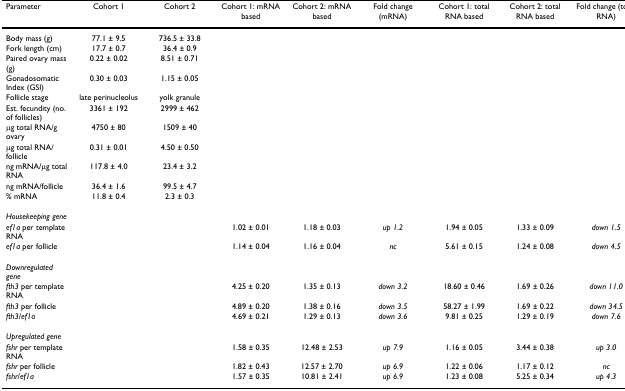
<table><thead><tr><td><b>Parameter</b></td><td><b>Cohort 1</b></td><td><b>Cohort 2</b></td><td><b>Cohort 1: mRNA based</b></td><td><b>Cohort 2: mRNA based</b></td><td><b>Fold change (mRNA)</b></td><td><b>Cohort 1: total RNA based</b></td><td><b>Cohort 2: total RNA based</b></td><td><b>Fold change (total RNA)</b></td></tr></thead><tbody><tr><td>Body mass (g)</td><td>77.1 ± 9.5</td><td>736.5 ± 33.8</td><td></td><td></td><td></td><td></td><td></td><td></td></tr><tr><td>Fork length (cm)</td><td>17.7 ± 0.7</td><td>36.4 ± 0.9</td><td></td><td></td><td></td><td></td><td></td><td></td></tr><tr><td>Paired ovary mass (g)</td><td>0.22 ± 0.02</td><td>8.51 ± 0.71</td><td></td><td></td><td></td><td></td><td></td><td></td></tr><tr><td>Gonadosomatic Index (GSI)</td><td>0.30 ± 0.03</td><td>1.15 ± 0.05</td><td></td><td></td><td></td><td></td><td></td><td></td></tr><tr><td>Follicle stage</td><td>late perinucleolus</td><td>yolk granule</td><td></td><td></td><td></td><td></td><td></td><td></td></tr><tr><td>Est. fecundity (no. of follicles)</td><td>3361 ± 192</td><td>2999 ± 462</td><td></td><td></td><td></td><td></td><td></td><td></td></tr><tr><td>μg total RNA/g ovary</td><td>4750 ± 80</td><td>1509 ± 40</td><td></td><td></td><td></td><td></td><td></td><td></td></tr><tr><td>μg total RNA/follicle</td><td>0.31 ± 0.01</td><td>4.50 ± 0.50</td><td></td><td></td><td></td><td></td><td></td><td></td></tr><tr><td>ng mRNA/μg total RNA</td><td>117.8 ± 4.0</td><td>23.4 ± 3.2</td><td></td><td></td><td></td><td></td><td></td><td></td></tr><tr><td>ng mRNA/follicle</td><td>36.4 ± 1.6</td><td>99.5 ± 4.7</td><td></td><td></td><td></td><td></td><td></td><td></td></tr><tr><td>% mRNA</td><td>11.8 ± 0.4</td><td>2.3 ± 0.3</td><td></td><td></td><td></td><td></td><td></td><td></td></tr><tr><td><i>Housekeeping gene</i></td><td></td><td></td><td></td><td></td><td></td><td></td><td></td><td></td></tr><tr><td><i>ef1a </i>per template RNA</td><td></td><td></td><td>1.02 ± 0.01</td><td>1.18 ± 0.03</td><td><i>up 1.2</i></td><td>1.94 ± 0.05</td><td>1.33 ± 0.09</td><td><i>down 1.5</i></td></tr><tr><td><i>ef1a </i>per follicle</td><td></td><td></td><td>1.14 ± 0.04</td><td>1.16 ± 0.04</td><td><i>nc</i></td><td>5.61 ± 0.15</td><td>1.24 ± 0.08</td><td><i>down 4.5</i></td></tr><tr><td><i>Downregulated gene</i></td><td></td><td></td><td></td><td></td><td></td><td></td><td></td><td></td></tr><tr><td><i>fth3 </i>per template RNA</td><td></td><td></td><td>4.25 ± 0.20</td><td>1.35 ± 0.13</td><td><i>down 3.2</i></td><td>18.60 ± 0.46</td><td>1.69 ± 0.26</td><td><i>down 11.0</i></td></tr><tr><td><i>fth3 </i>per follicle</td><td></td><td></td><td>4.89 ± 0.20</td><td>1.38 ± 0.16</td><td><i>down 3.5</i></td><td>58.27 ± 1.99</td><td>1.69 ± 0.22</td><td><i>down 34.5</i></td></tr><tr><td><i>fth3</i>/<i>ef1a</i></td><td></td><td></td><td>4.69 ± 0.21</td><td>1.29 ± 0.13</td><td><i>down 3.6</i></td><td>9.81 ± 0.25</td><td>1.29 ± 0.19</td><td><i>down 7.6</i></td></tr><tr><td><i>Upregulated gene</i></td><td></td><td></td><td></td><td></td><td></td><td></td><td></td><td></td></tr><tr><td><i>fshr </i>per template RNA</td><td></td><td></td><td>1.58 ± 0.35</td><td>12.48 ± 2.53</td><td><i>up 7.9</i></td><td>1.16 ± 0.05</td><td>3.44 ± 0.38</td><td><i>up 3.0</i></td></tr><tr><td><i>fshr </i>per follicle</td><td></td><td></td><td>1.82 ± 0.43</td><td>12.57 ± 2.70</td><td><i>up 6.9</i></td><td>1.22 ± 0.06</td><td>1.17 ± 0.12</td><td><i>nc</i></td></tr><tr><td><i>fshr</i>/<i>ef1a</i></td><td></td><td></td><td>1.57 ± 0.35</td><td>10.81 ± 2.41</td><td><i>up 6.9</i></td><td>1.23 ± 0.08</td><td>5.25 ± 0.34</td><td><i>up 4.3</i></td></tr></tbody></table>